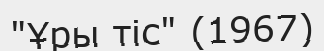
"Ұры тіс" (1967)